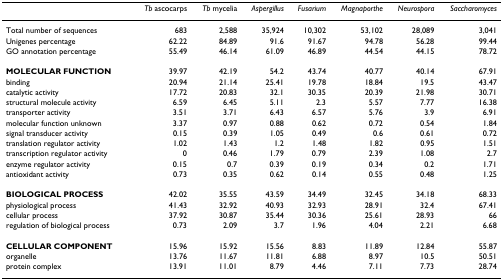
<table><thead><tr><td></td><td><b><i>Tb </i>ascocarps</b></td><td><b><i>Tb </i>mycelia</b></td><td><b><i>Aspergillus</i></b></td><td><b><i>Fusarium</i></b></td><td><b><i>Magnaporthe</i></b></td><td><b><i>Neurospora</i></b></td><td><b><i>Saccharomyces</i></b></td></tr></thead><tbody><tr><td>Total number of sequences</td><td>683</td><td>2,588</td><td>35,924</td><td>10,302</td><td>53,102</td><td>28,089</td><td>3,041</td></tr><tr><td>Unigenes percentage</td><td>62.22</td><td>84.89</td><td>91.6</td><td>91.67</td><td>94.78</td><td>56.28</td><td>99.44</td></tr><tr><td>GO annotation percentage</td><td>55.49</td><td>46.14</td><td>61.09</td><td>46.89</td><td>44.54</td><td>44.15</td><td>78.72</td></tr><tr><td><b>MOLECULAR FUNCTION</b></td><td>39.97</td><td>42.19</td><td>54.2</td><td>43.74</td><td>40.77</td><td>40.14</td><td>67.91</td></tr><tr><td>binding</td><td>20.94</td><td>21.14</td><td>25.41</td><td>19.78</td><td>18.84</td><td>19.5</td><td>43.47</td></tr><tr><td>catalytic activity</td><td>17.72</td><td>20.83</td><td>32.1</td><td>30.35</td><td>20.39</td><td>21.98</td><td>30.71</td></tr><tr><td>structural molecule activity</td><td>6.59</td><td>6.45</td><td>5.11</td><td>2.3</td><td>5.57</td><td>7.77</td><td>16.38</td></tr><tr><td>transporter activity</td><td>3.51</td><td>3.71</td><td>6.43</td><td>6.57</td><td>5.76</td><td>3.9</td><td>6.91</td></tr><tr><td>molecular function unknown</td><td>3.37</td><td>0.97</td><td>0.88</td><td>0.62</td><td>0.72</td><td>0.54</td><td>1.84</td></tr><tr><td>signal transducer activity</td><td>0.15</td><td>0.39</td><td>1.05</td><td>0.49</td><td>0.6</td><td>0.61</td><td>0.72</td></tr><tr><td>translation regulator activity</td><td>1.02</td><td>1.43</td><td>1.2</td><td>1.48</td><td>1.82</td><td>0.95</td><td>1.51</td></tr><tr><td>transcription regulator activity</td><td>0</td><td>0.46</td><td>1.79</td><td>0.79</td><td>2.39</td><td>1.08</td><td>2.7</td></tr><tr><td>enzyme regulator activity</td><td>0.15</td><td>0.7</td><td>0.39</td><td>0.19</td><td>0.34</td><td>0.2</td><td>1.71</td></tr><tr><td>antioxidant activity</td><td>0.73</td><td>0.35</td><td>0.62</td><td>0.14</td><td>0.55</td><td>0.48</td><td>1.25</td></tr><tr><td><b>BIOLOGICAL PROCESS</b></td><td>42.02</td><td>35.55</td><td>43.59</td><td>34.49</td><td>32.45</td><td>34.18</td><td>68.33</td></tr><tr><td>physiological process</td><td>41.43</td><td>32.92</td><td>40.93</td><td>32.93</td><td>28.91</td><td>32.4</td><td>67.41</td></tr><tr><td>cellular process</td><td>37.92</td><td>30.87</td><td>35.44</td><td>30.36</td><td>25.61</td><td>28.93</td><td>66</td></tr><tr><td>regulation of biological process</td><td>0.73</td><td>2.09</td><td>3.7</td><td>1.96</td><td>4.04</td><td>2.21</td><td>6.68</td></tr><tr><td><b>CELLULAR COMPONENT</b></td><td>15.96</td><td>15.92</td><td>15.56</td><td>8.83</td><td>11.89</td><td>12.84</td><td>55.87</td></tr><tr><td>organelle</td><td>13.76</td><td>11.67</td><td>11.81</td><td>6.88</td><td>8.97</td><td>10.5</td><td>50.51</td></tr><tr><td>protein complex</td><td>13.91</td><td>11.01</td><td>8.79</td><td>4.46</td><td>7.11</td><td>7.73</td><td>28.74</td></tr></tbody></table>